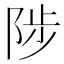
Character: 陟